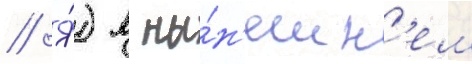
// Я́) в ны́н'ешн'ем